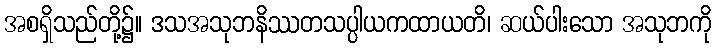
အစရှိသည်တို့၌။ ဒသအသုဘနိဿတသပ္ပါယကထာယတိ၊ ဆယ်ပါးသော အသုဘကို